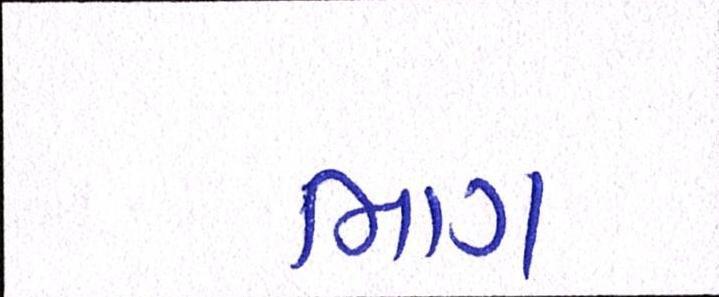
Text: ભાગ